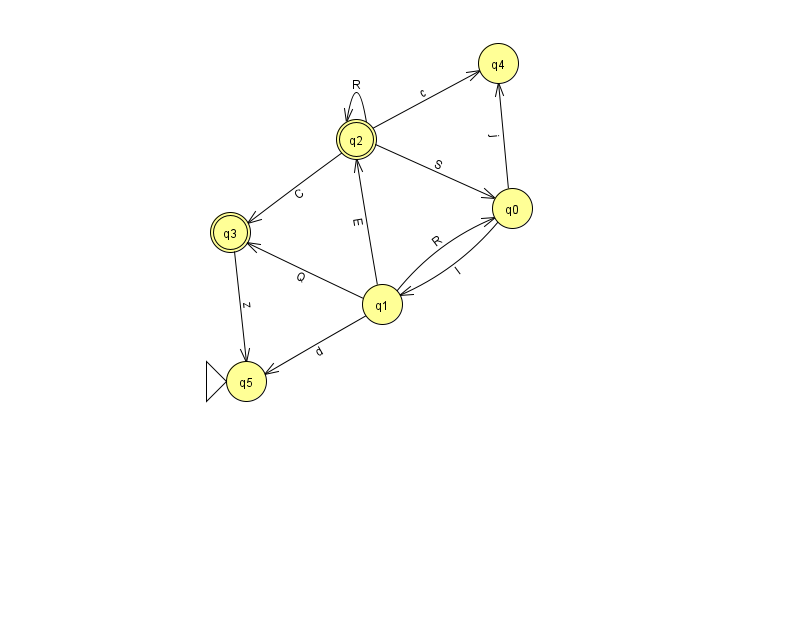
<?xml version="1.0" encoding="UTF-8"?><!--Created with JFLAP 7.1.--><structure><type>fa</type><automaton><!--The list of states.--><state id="0" name="q0"><x>512.0</x><y>195.0</y></state><state id="1" name="q1"><x>382.0</x><y>291.0</y></state><state id="2" name="q2"><x>356.0</x><y>126.0</y><final/></state><state id="3" name="q3"><x>230.0</x><y>219.0</y><final/></state><state id="4" name="q4"><x>498.0</x><y>50.0</y></state><state id="5" name="q5"><x>246.0</x><y>368.0</y><initial/></state><!--The list of transitions.--><transition><from>1</from><to>2</to><read>E</read></transition><transition><from>3</from><to>5</to><read>z</read></transition><transition><from>1</from><to>5</to><read>d</read></transition><transition><from>2</from><to>2</to><read>R</read></transition><transition><from>0</from><to>1</to><read>I</read></transition><transition><from>0</from><to>4</to><read>j</read></transition><transition><from>2</from><to>4</to><read>c</read></transition><transition><from>2</from><to>0</to><read>S</read></transition><transition><from>2</from><to>3</to><read>C</read></transition><transition><from>1</from><to>3</to><read>Q</read></transition><transition><from>1</from><to>0</to><read>R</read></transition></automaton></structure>